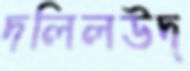
দলিলউদ্